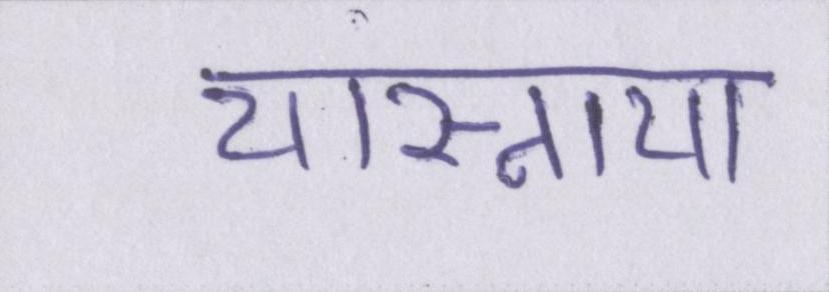
यास्नाया